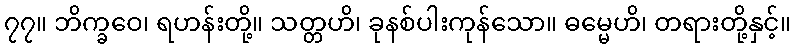
၇၇။ ဘိက္ခဝေ၊ ရဟန်းတို့။ သတ္တဟိ၊ ခုနစ်ပါးကုန်သော။ ဓမ္မေဟိ၊ တရားတို့နှင့်။